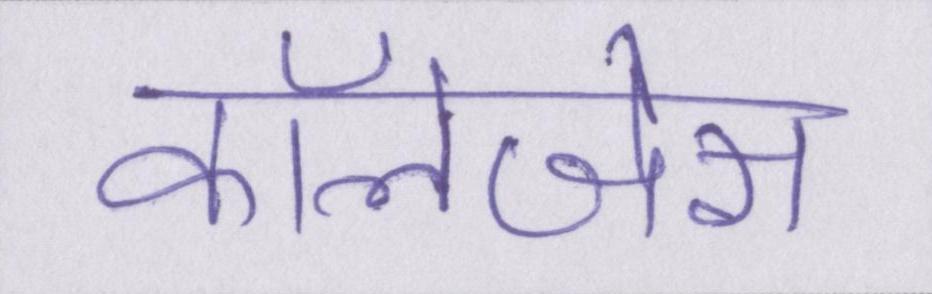
कॉलेजेस